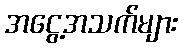
အငွေ့အသက်များ